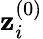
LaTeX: \mathbf{z}_{i}^{(0)}